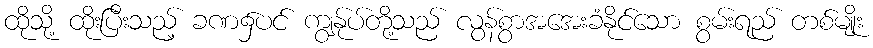
ထိုသို့ ထိုးပြီးသည့် ခဏ၌ပင် ကျွန်ုပ်တို့သည် လွန်စွာအအေးခံနိုင်သော စွမ်းရည် တစ်မျိုး